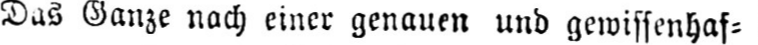
Das Ganze nach einer genauen und gewissenhaf⸗